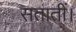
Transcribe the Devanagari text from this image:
सतातीं।